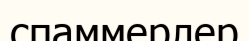
спаммерлер